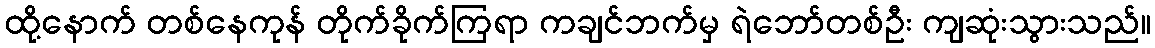
ထို့နောက် တစ်နေကုန် တိုက်ခိုက်ကြရာ ကချင်ဘက်မှ ရဲဘော်တစ်ဦး ကျဆုံးသွားသည်။